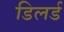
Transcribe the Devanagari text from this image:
डिलर्ड